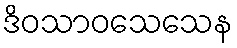
ဒိဝသာဝသေသေန